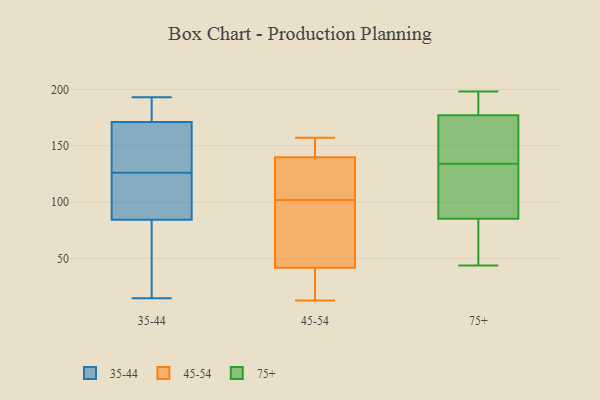
{"axis": {"x": "Backlog", "y": "Value"}, "legend": ["35-44", "45-54", "75+"], "data": [{"x": "", "y": 50, "type": "35-44"}, {"x": "", "y": 92, "type": "35-44"}, {"x": "", "y": 179, "type": "35-44"}, {"x": "", "y": 15, "type": "35-44"}, {"x": "", "y": 193, "type": "35-44"}, {"x": "", "y": 137, "type": "35-44"}, {"x": "", "y": 36, "type": "35-44"}, {"x": "", "y": 184, "type": "35-44"}, {"x": "", "y": 82, "type": "35-44"}, {"x": "", "y": 133, "type": "35-44"}, {"x": "", "y": 115, "type": "35-44"}, {"x": "", "y": 100, "type": "35-44"}, {"x": "", "y": 190, "type": "35-44"}, {"x": "", "y": 147, "type": "35-44"}, {"x": "", "y": 126, "type": "35-44"}, {"x": "", "y": 102, "type": "45-54"}, {"x": "", "y": 154, "type": "45-54"}, {"x": "", "y": 135, "type": "45-54"}, {"x": "", "y": 39, "type": "45-54"}, {"x": "", "y": 125, "type": "45-54"}, {"x": "", "y": 13, "type": "45-54"}, {"x": "", "y": 97, "type": "45-54"}, {"x": "", "y": 43, "type": "45-54"}, {"x": "", "y": 156, "type": "45-54"}, {"x": "", "y": 132, "type": "45-54"}, {"x": "", "y": 15, "type": "45-54"}, {"x": "", "y": 23, "type": "45-54"}, {"x": "", "y": 157, "type": "45-54"}, {"x": "", "y": 111, "type": "45-54"}, {"x": "", "y": 154, "type": "45-54"}, {"x": "", "y": 78, "type": "45-54"}, {"x": "", "y": 69, "type": "45-54"}, {"x": "", "y": 44, "type": "75+"}, {"x": "", "y": 178, "type": "75+"}, {"x": "", "y": 181, "type": "75+"}, {"x": "", "y": 190, "type": "75+"}, {"x": "", "y": 60, "type": "75+"}, {"x": "", "y": 198, "type": "75+"}, {"x": "", "y": 154, "type": "75+"}, {"x": "", "y": 131, "type": "75+"}, {"x": "", "y": 142, "type": "75+"}, {"x": "", "y": 80, "type": "75+"}, {"x": "", "y": 77, "type": "75+"}, {"x": "", "y": 112, "type": "75+"}, {"x": "", "y": 174, "type": "75+"}, {"x": "", "y": 101, "type": "75+"}, {"x": "", "y": 134, "type": "75+"}]}